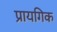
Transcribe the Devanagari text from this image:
प्रायगिक